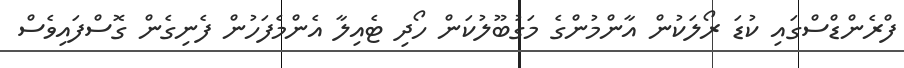
ފްރެންޑްސްގައި ކުޑަ ރޯލަކުން އާންމުންގެ މަގުބޫލުކަން ހޯދި ޓެއިލާ އެންމެފަހުން ފެނިގެން ގޮސްފައިވެސް